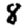
Digit: 8